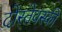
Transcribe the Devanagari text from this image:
दोस्तेवस्की